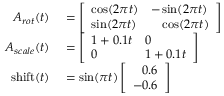
\begin{array} { r l } { A _ { r o t } ( t ) } & { { } = \left[ \begin{array} { l l } { \cos ( 2 \pi t ) } & { - \sin ( 2 \pi t ) } \\ { \sin ( 2 \pi t ) } & { \phantom { - } \cos ( 2 \pi t ) } \end{array} \right] } \\ { A _ { s c a l e } ( t ) } & { { } = \left[ \begin{array} { l l } { 1 + 0 . 1 t } & { 0 } \\ { 0 } & { 1 + 0 . 1 t } \end{array} \right] } \\ { \mathrm { s h i f t } ( t ) } & { { } = \sin ( \pi t ) \left[ \begin{array} { l } { \phantom { - } 0 . 6 } \\ { - 0 . 6 } \end{array} \right] } \end{array}